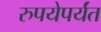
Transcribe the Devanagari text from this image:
रुपयेपर्यंत